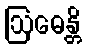
ဩဓေန္တိ